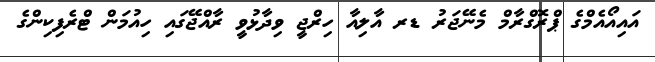
އައިއޯއެމްގެ ޕްރޮގްރާމް މެނޭޖަރު ޑރ އާލިއާ ހިރްޖީ ވިދާޅުވީ ރާއްޖޭގައި ހިއުމަން ޓްރެފިކިންގެ